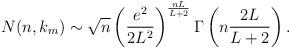
LaTeX: \begin{align*} N(n,k_m) \sim \sqrt{n} \left( \frac{e^2}{2L^2} \right)^ {\frac{nL}{L+2}} \Gamma \left( n \frac{2L}{L+2} \right).\end{align*}